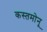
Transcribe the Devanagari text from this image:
कस्तमोनू